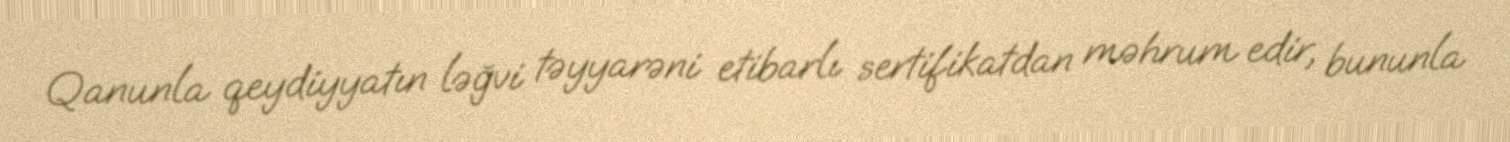
Qanunla qeydiyyatın ləğvi təyyarəni etibarlı sertifikatdan məhrum edir, bununla